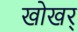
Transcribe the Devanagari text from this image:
खोखर्